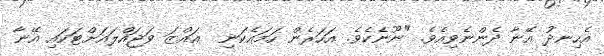
އެހިނދު އޭނާ ދެންނެވިއެވެ. "ނޫނެކެވެ. އަހަރެން ހަމައެކަނި  ޢައްޒަ ވަޖައްލައަށްޓަކައި އޭނާ